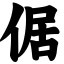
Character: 倨